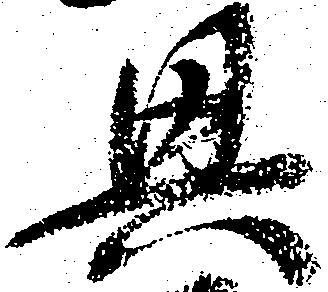
興